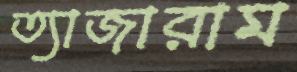
ত্যাজারাম